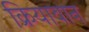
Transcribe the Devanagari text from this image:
क्रियावान